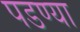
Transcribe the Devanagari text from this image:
पडण्या